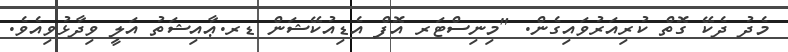
މެދު ދެކޭ ގޮތް ކުރިއަރުވައިގެން. "މިނިސްޓަރ އޮފް އެޑިއުކޭޝަން ޑރ.ޢާއިޝަތު އަލީ ވިދާޅުވިއެވެ.